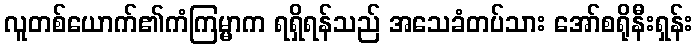
လူတစ်ယောက်၏ကံကြမ္မာက ရရှိရန်သည် အသေခံတပ်သား အော်စရိုနီးရှန်း